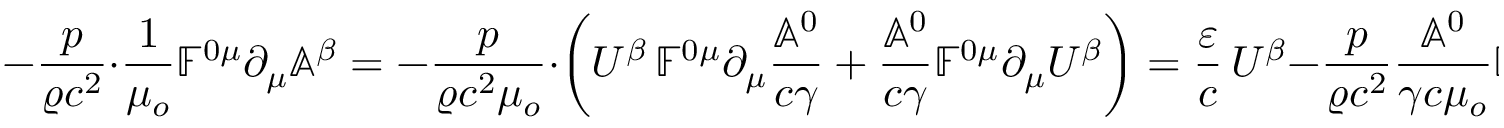
- \frac { p } { \varrho c ^ { 2 } } \cdot \frac { 1 } { \mu _ { o } } \mathbb { F } ^ { 0 \mu } \partial _ { \mu } \mathbb { A } ^ { \beta } = - \frac { p } { \varrho c ^ { 2 } \mu _ { o } } \cdot \left( U ^ { \beta } \, \mathbb { F } ^ { 0 \mu } \partial _ { \mu } \frac { \mathbb { A } ^ { 0 } } { c \gamma } + \frac { \mathbb { A } ^ { 0 } } { c \gamma } \mathbb { F } ^ { 0 \mu } \partial _ { \mu } U ^ { \beta } \right) = \frac { \varepsilon } { c } \, U ^ { \beta } - \frac { p } { \varrho c ^ { 2 } } \frac { \mathbb { A } ^ { 0 } } { \gamma c \mu _ { o } } \mathbb { F } ^ { 0 \mu } \partial _ { \mu } U ^ { \beta }